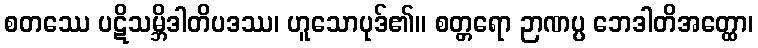
စတဿေ ပဋိသမ္ဘိဒါတိပဒဿ၊ ဟူသောပုဒ်၏။ စတ္တရော ဉာဏပ္ပ ဘေဒါတိအတ္ထော၊